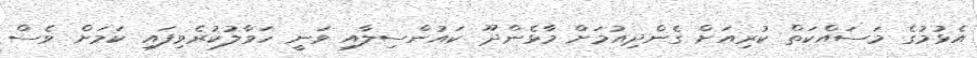
އެޅުމުގެ މަސައްކަތް ކުރިއަށް ގެންދިއުމަށް މާޅެންދޫ ކައުންސިލާއި ވަނީ ހަވާލުކުރެވިފައި ކަމަށް ވެސް